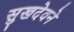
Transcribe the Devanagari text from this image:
सुखदेवने